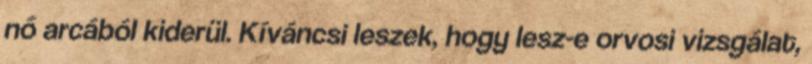
nő arcából kiderül. Kíváncsi leszek, hogy lesz-e orvosi vizsgálat,